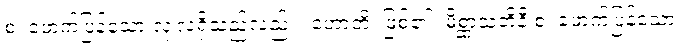
စ၊ ဖောက်ပြန်သော လုံ့လရှိသည်လည်း။ ဟောတိ၊ ဖြစ်၏။ မိစ္ဆာသတိနီ စ၊ ဖောက်ပြန်သော